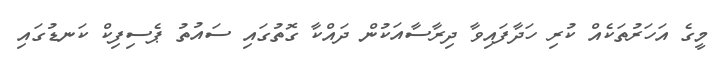
މީގެ އަހަރުތަކެއް ކުރި ހަދާފައިވާ ދިރާސާއަކުން ދައްކާ ގޮތުގައި ސައުތު ޕެސިފިކް ކަނޑުގައި